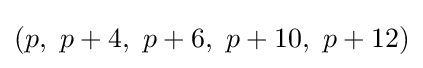
(p,\ p+4,\ p+6,\ p+10,\ p+12)